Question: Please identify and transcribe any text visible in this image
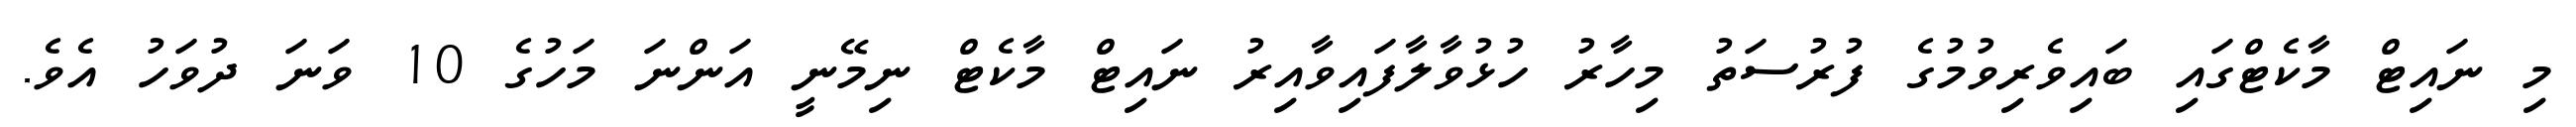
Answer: މި ނައިޓް މާކެޓްގައި ބައިވެރިވުމުގެ ފުރުސަތު މިހާރު ހުޅުވާލާފައިވާއިރު ނައިޓް މާކެޓް ނިމޭނީ އަންނަ މަހުގެ 10 ވަނަ ދުވަހު އެވެ.